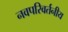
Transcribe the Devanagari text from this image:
नवपरिवर्तनीय